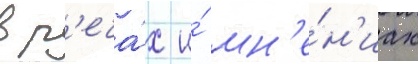
в р'еча́х и́ мн'е́н'иах